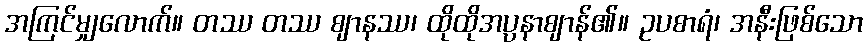
အကြင်မျှလောက်။ တဿ တဿ ဈာနဿ၊ ထိုထိုအပ္ပနာဈာန်၏။ ဥပစာရံ၊ အနီးဖြစ်သော